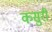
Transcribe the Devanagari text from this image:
कसुरी